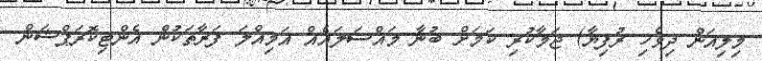
މިލިއަން ދިވެހި ރުފިޔާ) ޖަމާކުރި ކަމަށް ބުނާ މައްސަލައެއް އަމިއްލަ ފަރާތަކުން އެންޓިކޮރަޕްޝަން